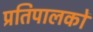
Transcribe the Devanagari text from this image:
प्रतिपालकों